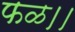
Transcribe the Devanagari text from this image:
फळ।।